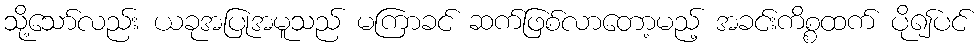
သို့သော်လည်း ယခုအပြုအမူသည် မကြာခင် ဆက်ဖြစ်လာတော့မည့် အခင်းကိစ္စထက် ပို၍ပင်